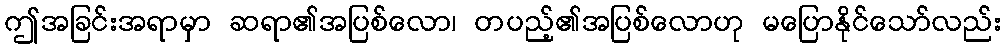
ဤအခြင်းအရာမှာ ဆရာ၏အပြစ်လော၊ တပည့်၏အပြစ်လောဟု မပြောနိုင်သော်လည်း